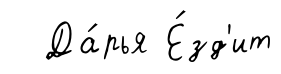
Да́рья Е́зд'ит